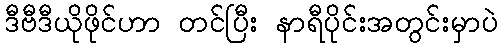
ဒီဗီဒီယိုဖိုင်ဟာ တင်ပြီး နာရီပိုင်းအတွင်းမှာပဲ